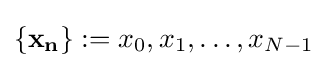
\left\{\mathbf {x_{n}} \right\}:=x_{0},x_{1},\ldots ,x_{N-1}